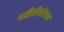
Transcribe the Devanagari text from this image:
माहितीबरोबरच